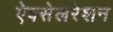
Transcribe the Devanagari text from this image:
ऐक्सेलरेशन